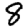
Digit: 8